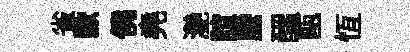
雀歉僥堯灔誼騰醖甌恆